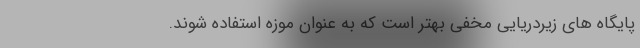
پایگاه های زیردریایی مخفی بهتر است که به عنوان موزه استفاده شوند.